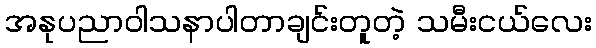
အနုပညာဝါသနာပါတာချင်းတူတဲ့ သမီးငယ်လေး